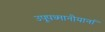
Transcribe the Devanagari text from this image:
उपूपध्मानीयानां